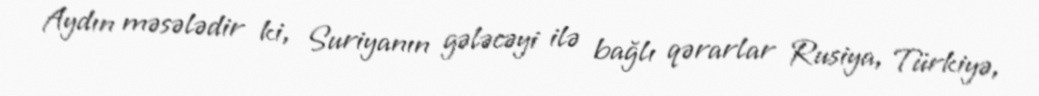
Aydın məsələdir ki, Suriyanın gələcəyi ilə bağlı qərarlar Rusiya, Türkiyə,